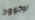
لوكوود